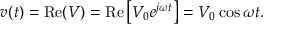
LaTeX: v ( t ) = \mathrm { R e } ( V ) = \mathrm { R e } \left[ V _ { 0 } e ^ { j \omega t } \right] = V _ { 0 } \cos \omega t .